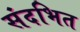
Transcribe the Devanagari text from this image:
संदभित